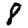
Digit: 8